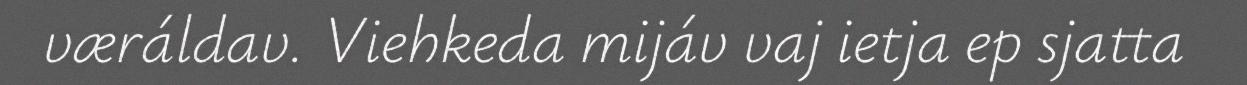
væráldav. Viehkeda mijáv vaj ietja ep sjatta